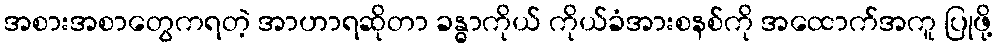
အစားအစာတွေကရတဲ့ အာဟာရဆိုတာ ခန္ဓာကိုယ် ကိုယ်ခံအားစနစ်ကို အထောက်အကူ ပြုဖို့